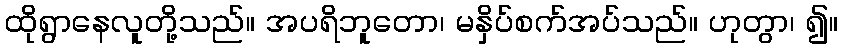
ထိုရွာနေလူတို့သည်။ အပရိဘူတော၊ မနှိပ်စက်အပ်သည်။ ဟုတွာ၊ ၍။